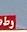
وط